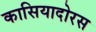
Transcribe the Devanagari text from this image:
कासियादोरस